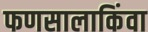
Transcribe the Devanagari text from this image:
फणसालाकिंवा